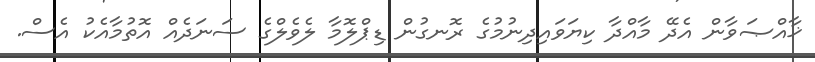
ޚާއްޞަވާން އެދޭ މާއްދާ ކިޔަވައިދިނުމުގެ ރޮނގުން ޑިޕްލޮމާ ލެވެލްގެ ސަނަދެއް އޮތުމާއެކު އެސް.